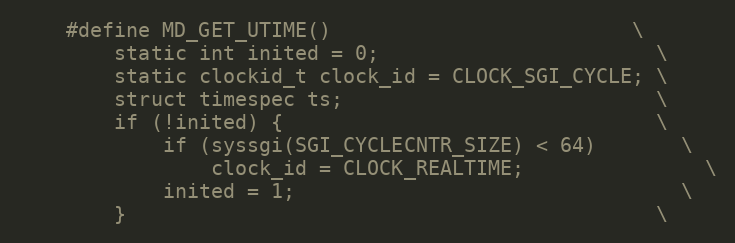
Language: C
    #define MD_GET_UTIME()                         \
        static int inited = 0;                       \
        static clockid_t clock_id = CLOCK_SGI_CYCLE; \
        struct timespec ts;                          \
        if (!inited) {                               \
            if (syssgi(SGI_CYCLECNTR_SIZE) < 64)       \
                clock_id = CLOCK_REALTIME;               \
            inited = 1;                                \
        }                                            \